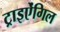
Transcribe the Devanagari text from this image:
ट्राइऐंगिल